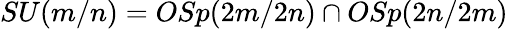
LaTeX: SU(m/n)=OSp(2m/2n)\cap OSp(2n/2m)